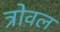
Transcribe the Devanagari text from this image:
त्रोवल